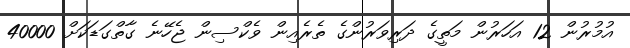
އުމުރުން 12 އަހަރުން މަތީގެ ދަރިވަރުންގެ ތެރެއިން ވެކްސިން ޖެހޭނެ ގާތްގަޑަކަށް 40000